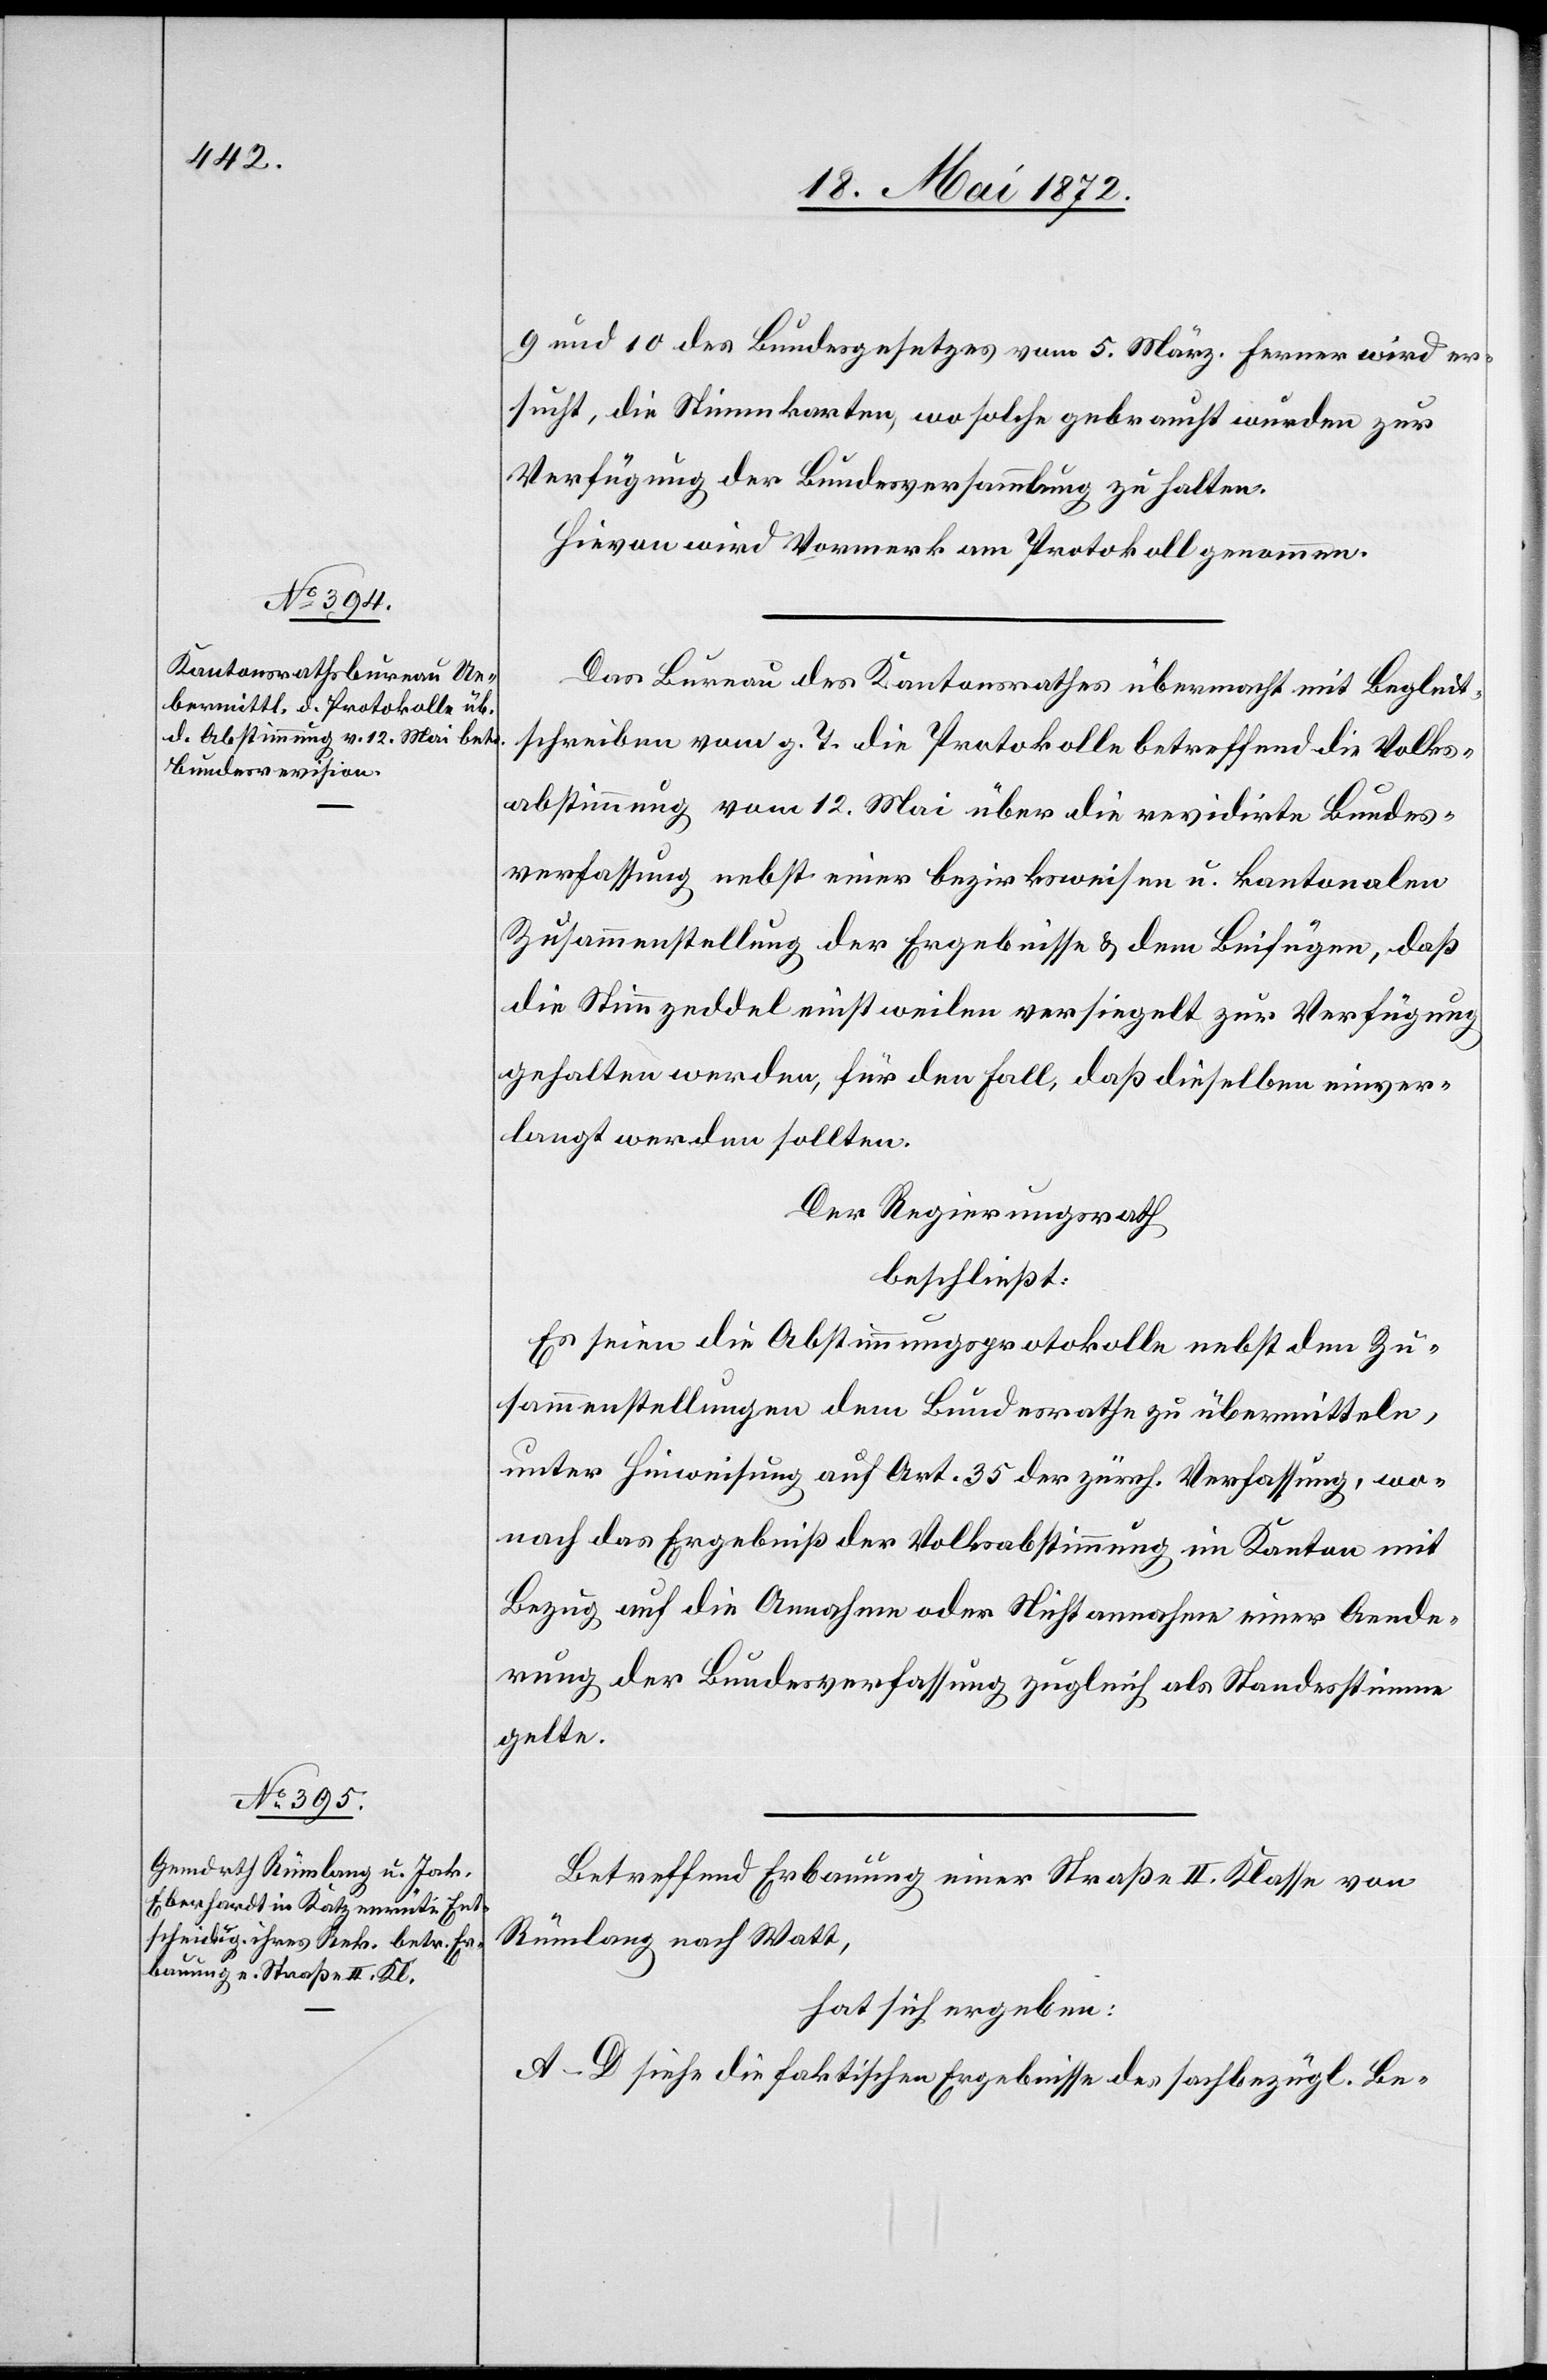
9 und 10 des Bundesgesetzes vom 5. März. Ferner wird er¬
sucht, die Stimmkarten, wo solche gebraucht wurden zur
Verfügung der Bundesversammlung zu halten.
Hievon wird Vormerk am Protokoll genommen.
Das Bureau des Kantonsrathes übermacht mit Begleit¬
schreiben vom g. T. die Protokolle betreffend die Volks¬
abstimmung vom 12. Mai über die revidirte Bundes¬
verfassung nebst einer bezirksweisen u. kantonalen
Zusammenstellung der Ergebnisse u. dem Beifügen, daß
die Stimmzeddel einstweilen versiegelt zur Verfügung
gehalten werden, für den Fall, daß dieselben einver¬
langt werden sollten.
Der Regierungsrath
beschließt:
Es seien die Abstimmungsprotokolle nebst den Zu¬
sammenstellungen dem Bundesrathe zu übermitteln,
unter Hinweisung auf Art. 35 der zürch. Verfassung, wo¬
nach das Ergebniß der Volksabstimmung im Kanton mit
Bezug auf die Annahme oder Nichtannahme einer Aende¬
rung der Bundesverfassung zugleich als Standesstimme
gelte.
Betreffend Erbauung einer Straße II. Klasse von
Rümlang nach Watt,
hat sich ergeben:
A–D siehe die faktischen Ergebnisse des sachbezügl. Be-